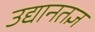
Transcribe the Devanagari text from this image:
उद्यानतज्ञ